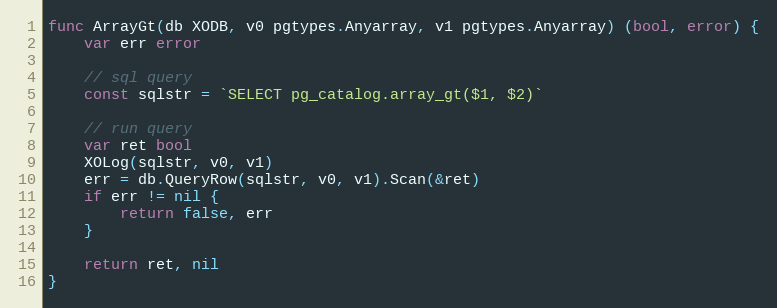
Language: Go
func ArrayGt(db XODB, v0 pgtypes.Anyarray, v1 pgtypes.Anyarray) (bool, error) {
	var err error

	// sql query
	const sqlstr = `SELECT pg_catalog.array_gt($1, $2)`

	// run query
	var ret bool
	XOLog(sqlstr, v0, v1)
	err = db.QueryRow(sqlstr, v0, v1).Scan(&ret)
	if err != nil {
		return false, err
	}

	return ret, nil
}